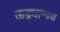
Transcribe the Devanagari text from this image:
ऊद्र्धान्वय